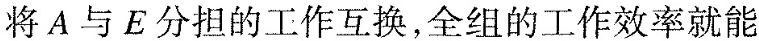
将A与E分担的工作互换，全组的工作效率就能